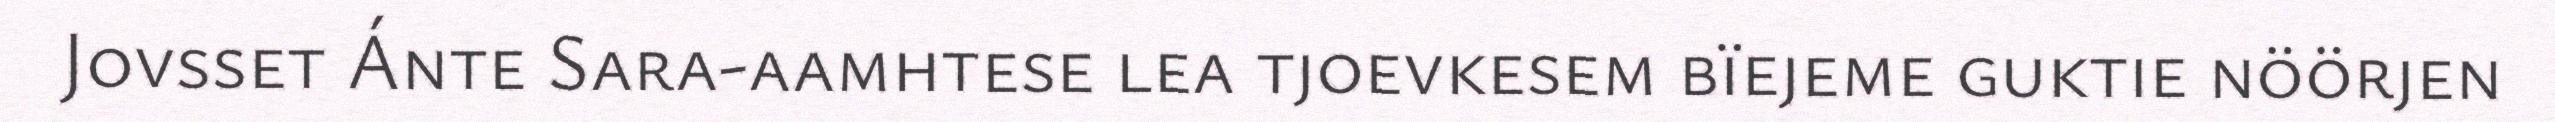
Jovsset Ánte Sara-aamhtese lea tjoevkesem bïejeme guktie nöörjen